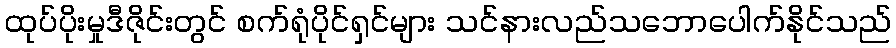
ထုပ်ပိုးမှုဒီဇိုင်းတွင် စက်ရုံပိုင်ရှင်များ သင်နားလည်သဘောပေါက်နိုင်သည်